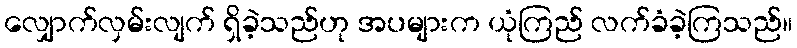
လျှောက်လှမ်းလျက် ရှိခဲ့သည်ဟု အပများက ယုံကြည် လက်ခံခဲ့ကြသည်။